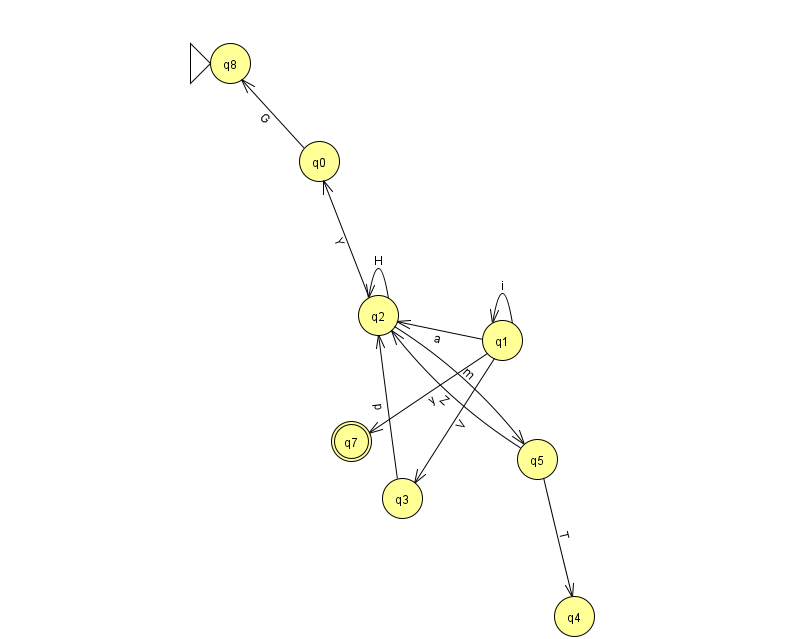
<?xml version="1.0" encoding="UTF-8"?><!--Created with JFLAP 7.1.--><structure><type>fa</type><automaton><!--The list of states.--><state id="0" name="q0"><x>319.0</x><y>148.0</y></state><state id="1" name="q1"><x>502.0</x><y>327.0</y></state><state id="2" name="q2"><x>378.0</x><y>302.0</y></state><state id="3" name="q3"><x>402.0</x><y>485.0</y></state><state id="4" name="q4"><x>574.0</x><y>603.0</y></state><state id="5" name="q5"><x>537.0</x><y>446.0</y></state><state id="7" name="q7"><x>351.0</x><y>428.0</y><final/></state><state id="8" name="q8"><x>230.0</x><y>50.0</y><initial/></state><!--The list of transitions.--><transition><from>1</from><to>2</to><read>a</read></transition><transition><from>5</from><to>2</to><read>Z</read></transition><transition><from>5</from><to>4</to><read>T</read></transition><transition><from>1</from><to>7</to><read>y</read></transition><transition><from>2</from><to>0</to><read>Y</read></transition><transition><from>2</from><to>5</to><read>m</read></transition><transition><from>2</from><to>2</to><read>H</read></transition><transition><from>0</from><to>8</to><read>G</read></transition><transition><from>1</from><to>1</to><read>i</read></transition><transition><from>3</from><to>2</to><read>p</read></transition><transition><from>1</from><to>3</to><read>V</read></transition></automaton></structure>